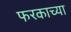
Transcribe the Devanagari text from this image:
फरकाच्या